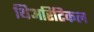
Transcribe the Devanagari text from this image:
थिअरिटिकल